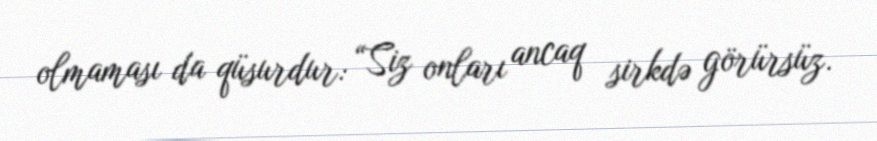
olmaması da qüsurdur: “Siz onları ancaq sirkdə görürsüz.